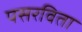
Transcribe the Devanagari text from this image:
पसरविता